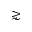
\gnsim